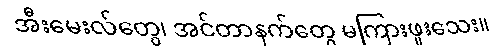
အီးမေးလ်တွေ၊ အင်တာနက်တွေ မကြားဖူးသေး။